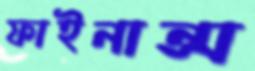
ফাইনান্স